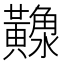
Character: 𪏠